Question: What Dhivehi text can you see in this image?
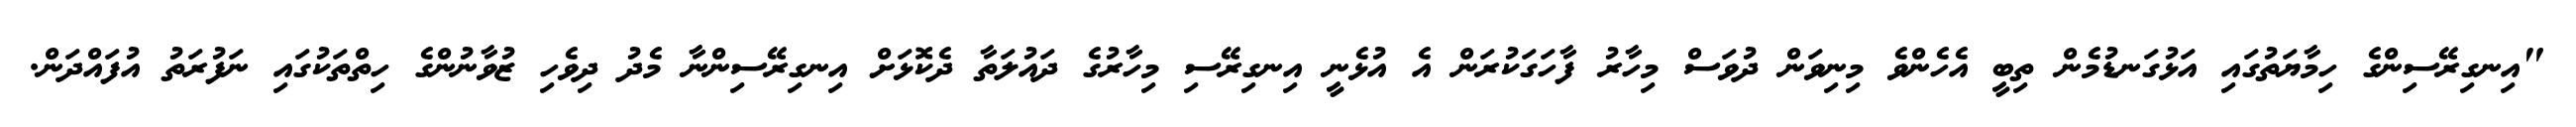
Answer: "އިނގިރޭސިންގެ ހިމާޔަތުގައި އަޅުގަނޑުމެން ތިބީ އެހެންވެ މިނިވަން ދުވަސް މިހާރު ފާހަގަކުރަން އެ އުޅެނީ އިނގިރޭސި މިހާރުގެ ދައުލަތާ ދެކޮޅަށް އިނގިރޭސިންނާ މެދު ދިވެހި ޒުވާނުންގެ ހިތްތަކުގައި ނަފުރަތު އުފައްދަން.